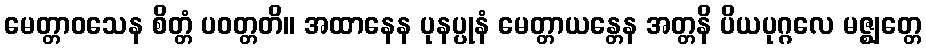
မေတ္တာဝသေန စိတ္တံ ပဝတ္တတိ။ အထာနေန ပုနပ္ပုနံ မေတ္တာယန္တေန အတ္တနိ ပိယပုဂ္ဂလေ မဇ္ဈတ္တေ